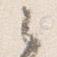
之